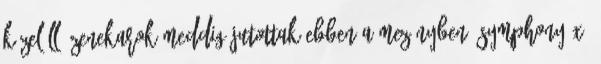
közelálló zenekarok meddig jutottak ebben a mezőnyben. Symphony X: